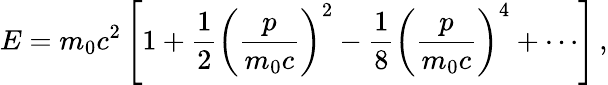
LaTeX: E=m_{0}c^{2}\left[1+{\frac{1}{2}}\left({\frac{p}{m_{0}c}}\right)^{2}-{\frac{1}{8}}\left({\frac{p}{m_{0}c}}\right)^{4}+\cdots\right]\, ,